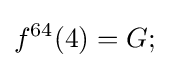
f^{64}(4)=G;